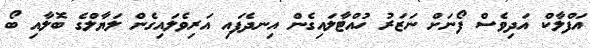
އަފްލާކް އަދިވެސް ފޯނަށް ނަޒަރު ހުއްޓާލައިގެން އިނދެފައި އަރިވެލައިގެން ލަޔާލްގެ ބޮލާއި ބޯ